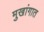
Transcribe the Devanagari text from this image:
मुखांगात